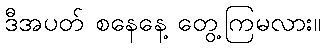
ဒီအပတ် စနေနေ့ တွေ့ကြမလား။